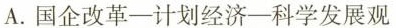
A.国企改革—计划经济—科学发展观